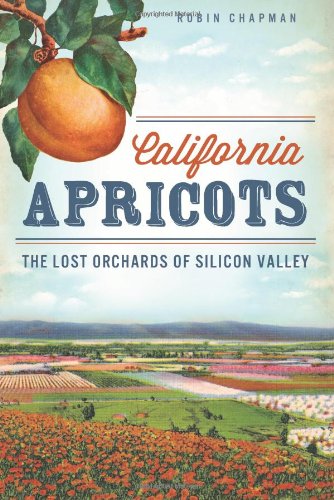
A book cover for CA APRICOTS: Lost Orchards of Silicon Va (American Palate); Robin Chapman; Crafts, Hobbies & Home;